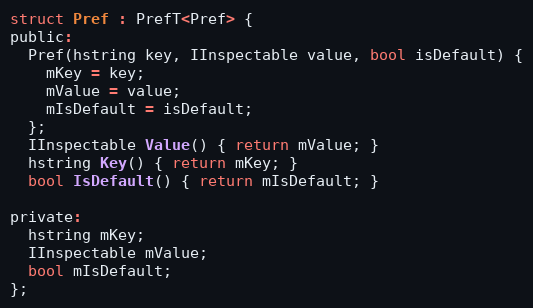
Language: C
struct Pref : PrefT<Pref> {
public:
  Pref(hstring key, IInspectable value, bool isDefault) {
    mKey = key;
    mValue = value;
    mIsDefault = isDefault;
  };
  IInspectable Value() { return mValue; }
  hstring Key() { return mKey; }
  bool IsDefault() { return mIsDefault; }

private:
  hstring mKey;
  IInspectable mValue;
  bool mIsDefault;
};